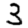
Digit: 3